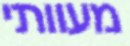
מעוותי